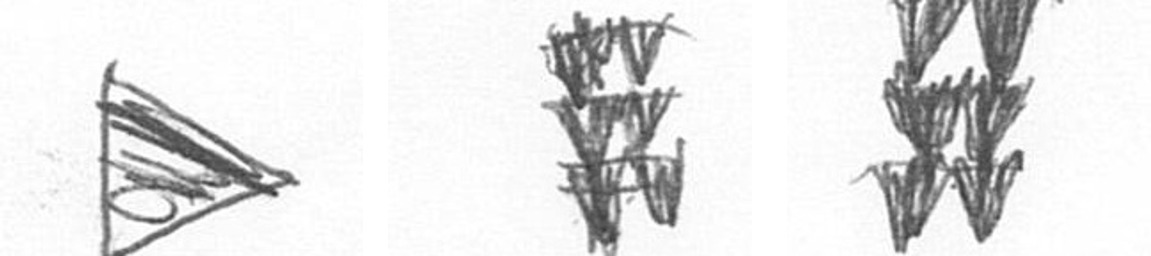
T Y Y